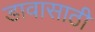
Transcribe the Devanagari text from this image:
डावासाठी